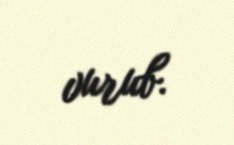
vurub.